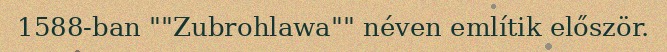
1588-ban ""Zubrohlawa"" néven említik először.